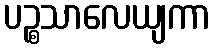
ပဉ္စသာလေယျကာ